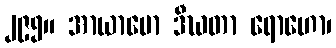
၂၉၅။ အာယာမော ဒီဃတာ ရောဟော၊